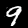
Label: 9